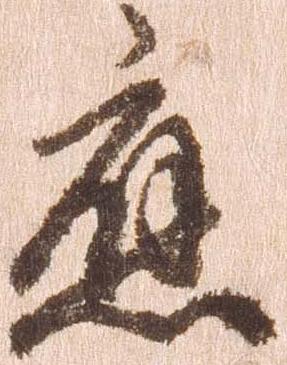
応